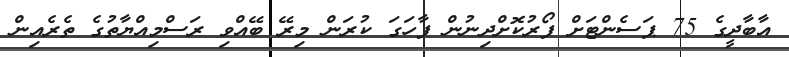
އާބާދީގެ 75 ޕަސެންޓަށް ފޯރުކޮށްދިނުން ފާހަގަ ކުރަން މިރޭ ބޭއްވި ރަސްމިއްޔާތުގެ ތެރެއިން